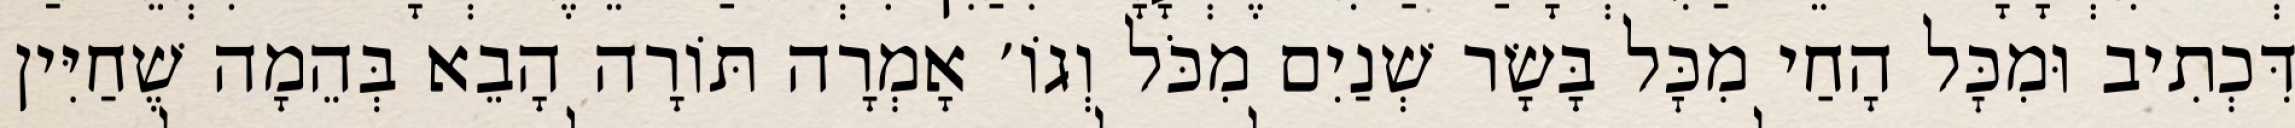
דִּכְתִיב וּמִכׇּל הָחַי מִכׇּל בָּשָׂר שְׁנַיִם מִכֹּל וְגוֹ׳ אָמְרָה תּוֹרָה הָבֵא בְּהֵמָה שֶׁחַיִּין